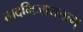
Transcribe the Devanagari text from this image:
त्वदभिजायताम्